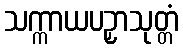
သက္ကာယပဉှာသုတ္တံ